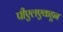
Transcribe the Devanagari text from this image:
पीएलएकडून